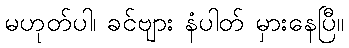
မဟုတ်ပါ၊ ခင်ဗျား နံပါတ် မှားနေပြီ။